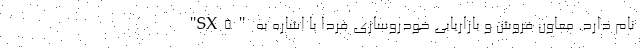
"SX5" نام دارد. معاون فروش و بازاریابی خودروسازی فردا با اشاره به